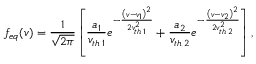
f _ { e q } ( v ) = \frac { 1 } { \sqrt { 2 \pi } } \left[ \frac { a _ { 1 } } { v _ { t h \; 1 } } e ^ { - \frac { \left( v - v _ { 1 } \right) ^ { 2 } } { 2 v _ { t h \; 1 } ^ { 2 } } } + \frac { a _ { 2 } } { v _ { t h \; 2 } } e ^ { - \frac { \left( v - v _ { 2 } \right) ^ { 2 } } { 2 v _ { t h \; 2 } ^ { 2 } } } \right] ,